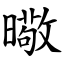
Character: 曔